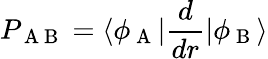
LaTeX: P_{\mathrm{~A~B~}}=\langle\phi_{\mathrm{~A~}}|\frac{d}{dr}|\phi_{\mathrm{~B~}}\rangle